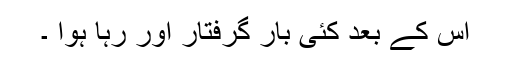
اس کے بعد کئی بار گرفتار اور رہا ہوا ۔